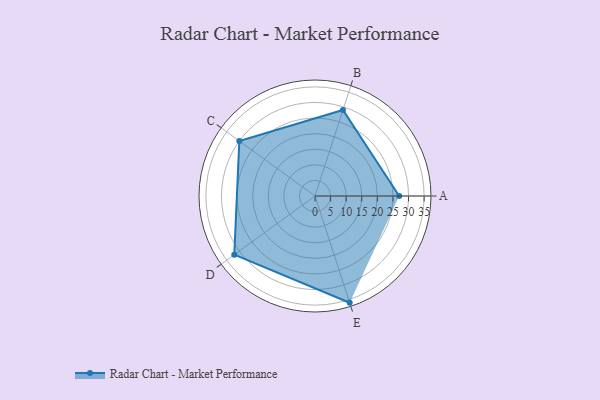
{"axis": {"x": "Skill", "y": "Score"}, "legend": ["Profile"], "data": [{"x": "A", "y": 27.0, "type": "Profile"}, {"x": "B", "y": 29.0, "type": "Profile"}, {"x": "C", "y": 30.0, "type": "Profile"}, {"x": "D", "y": 32.0, "type": "Profile"}, {"x": "E", "y": 36.0, "type": "Profile"}]}